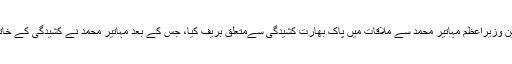
اسلام آباد : وزیراعظم عمران خان نے ملیشین وزیراعظم مہاتیر محمد سے ملاقات میں پاک بھارت کشیدگی سےمتعلق بریف کیا، جس کے بعد مہاتیر محمد نے کشیدگی کے خاتمے کے لیے پاکستان کے کردار کو سراہا۔